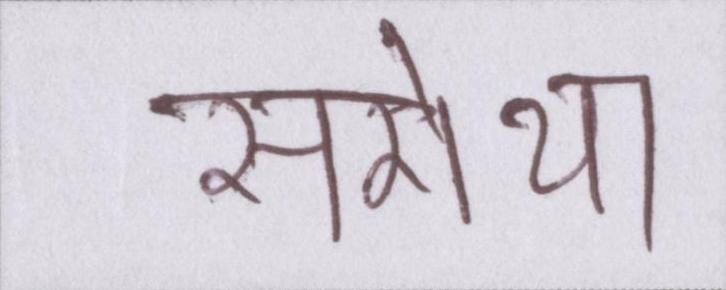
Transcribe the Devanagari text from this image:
सरोथा